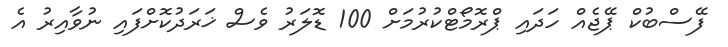
ފޭސްބުކް ޕޭޖެއް ހަދައި ޕްރޮމޯޓްކުރުމަށް 100 ޑޮލަރު ވެސް ޚަރަދުކޮށްފައި ނުވާއިރު އެ